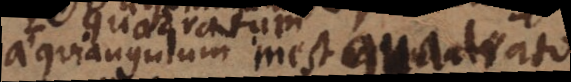
aequiangulum inest quadrato